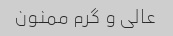
عالی و گرم ممنون